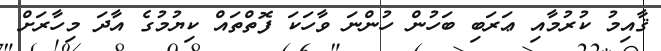
ޤާއިމު ކުރުމާއި ޢަރަބި ބަހުން ހުންނަ ވާހަކަ ފޮތްތައް ކިޔުމުގެ އާދަ މިހާރަށް